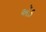
ઍડ